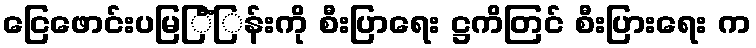
ငြေဖောင်းပမြြိံြန်းကို စီးပြာရေး ဋ္ဌကိတြင် စီးပြားရေး က